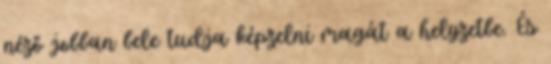
néző jobban bele tudja képzelni magát a helyzetbe. És